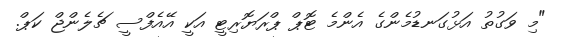
"މި ވަގުތު އަޅުގަނޑުމެންގެ އެންމެ ޓޮޕް ޕްރަޔޮރިޓީ އަކީ އޭއެފްސީ ޗެލެންޖް ކަޕް.